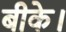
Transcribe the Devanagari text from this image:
बीके।